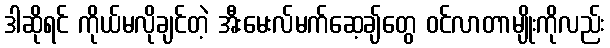
ဒါဆိုရင် ကိုယ်မလိုချင်တဲ့ အီးမေးလ်မက်ဆေ့ချ်တွေ ဝင်လာတာမျိုးကိုလည်း